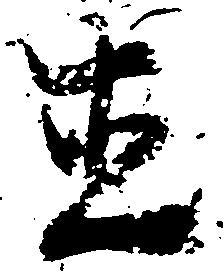
直